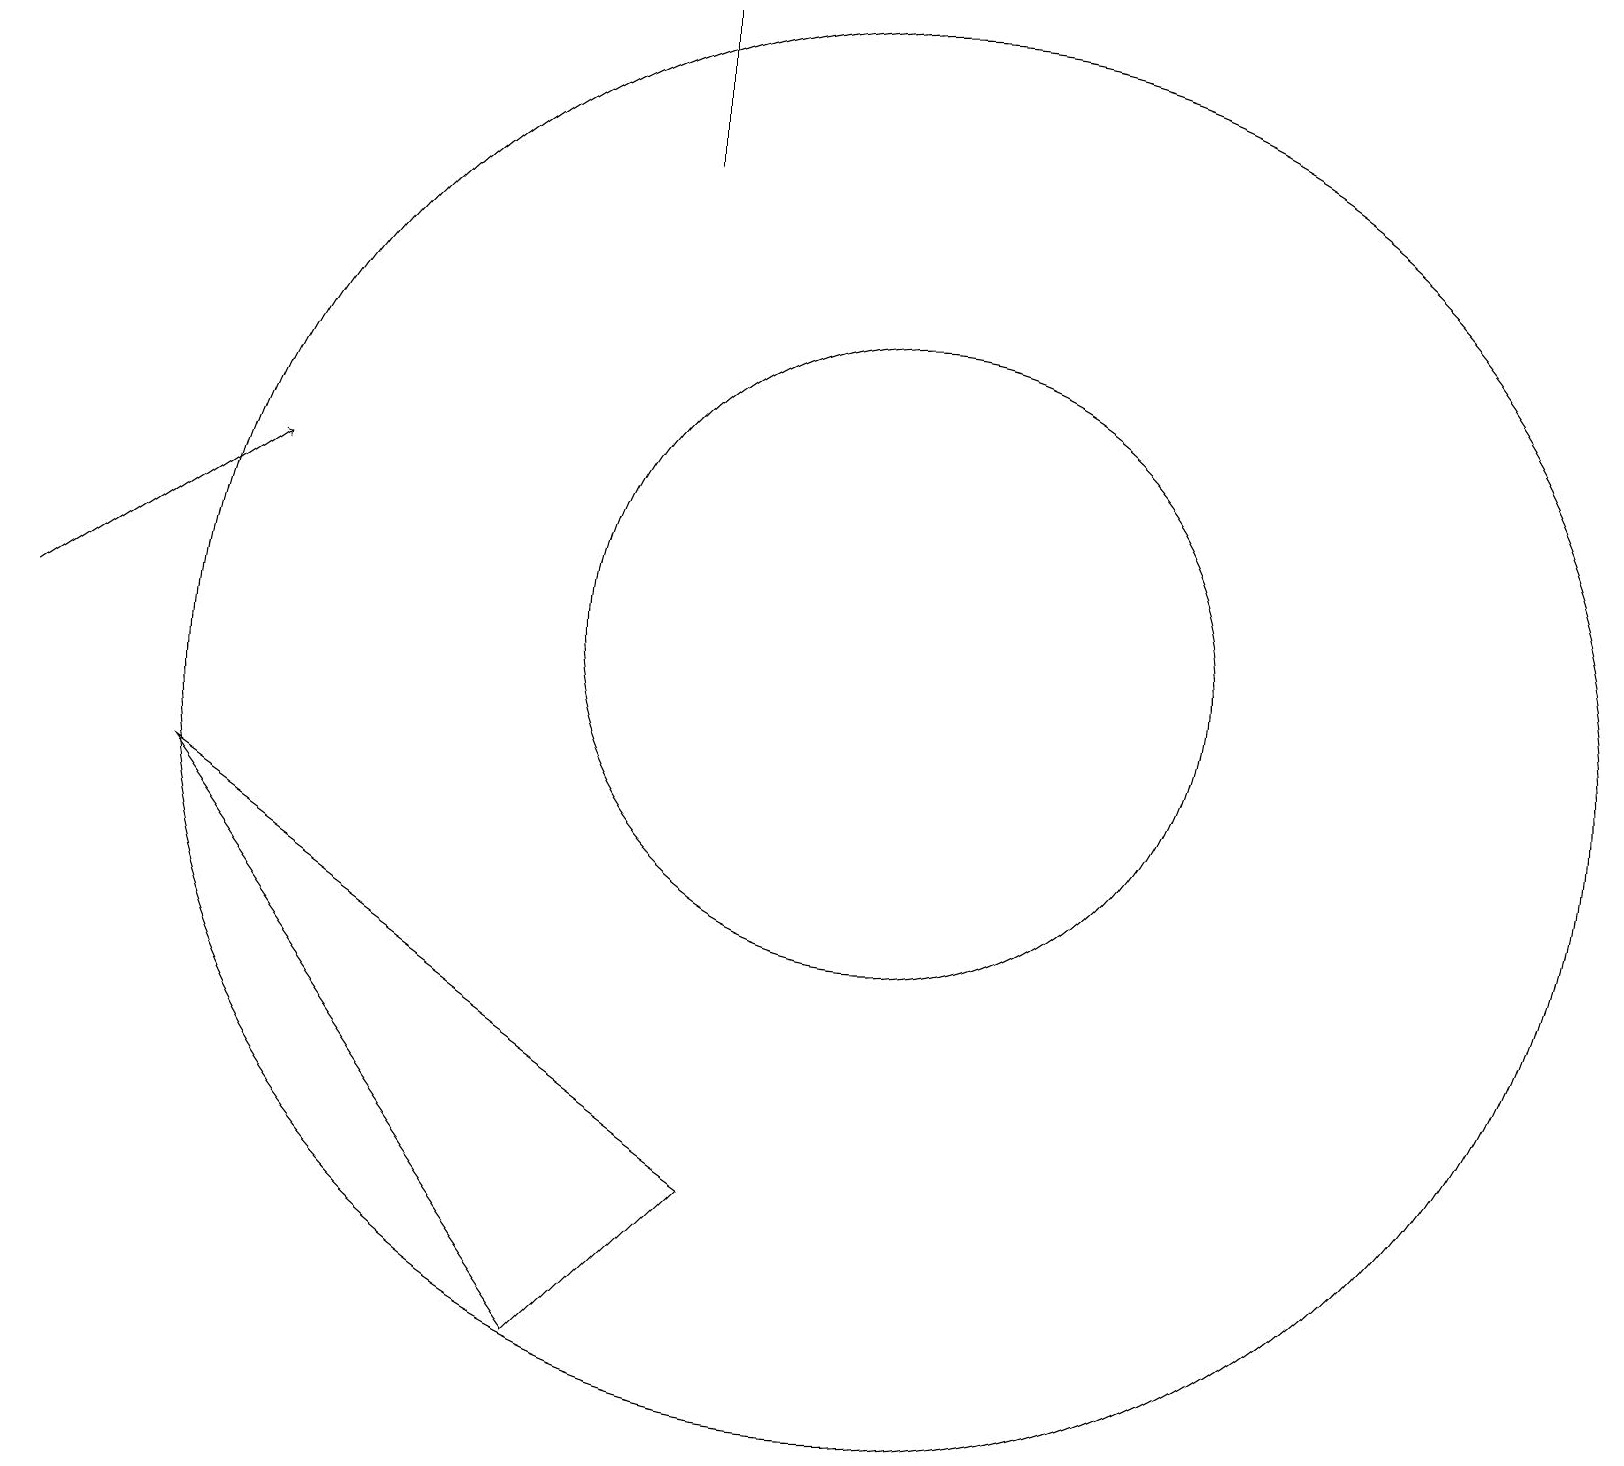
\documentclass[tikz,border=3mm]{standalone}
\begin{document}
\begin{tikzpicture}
\draw[->] (0,11) -- (3,13);
\draw (8,19) rectangle (8,17);
\draw (11,11) circle (4);
\draw (7,2) -- (9,4) -- (2,9) -- cycle;
\draw (11,10) circle (9);
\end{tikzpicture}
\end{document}